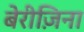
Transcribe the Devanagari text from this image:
बेरीज़िना